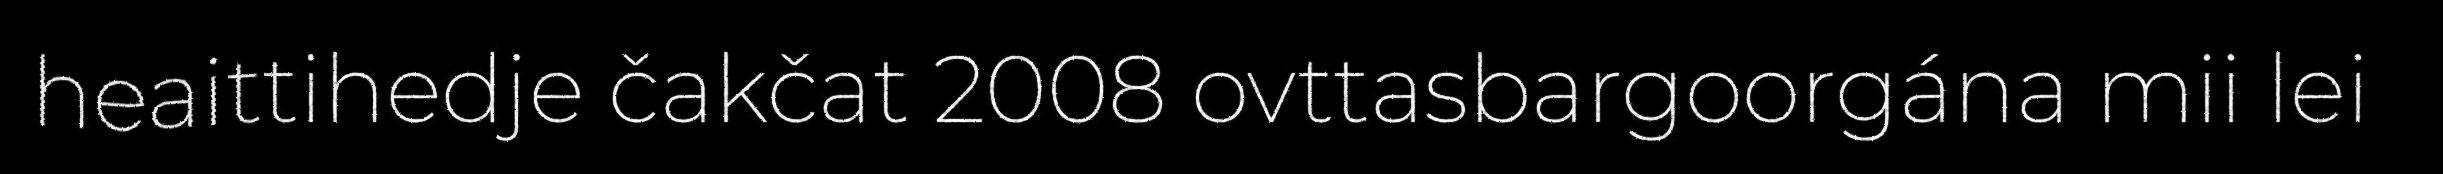
heaittihedje čakčat 2008 ovttasbargoorgána mii lei